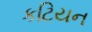
કટિયન